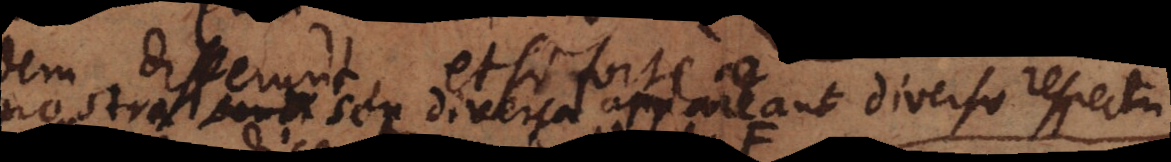
nostra seu diversae appareant diverso respectu